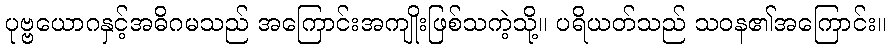
ပုဗ္ဗယောဂနှင့်အဓိဂမသည် အကြောင်းအကျိုးဖြစ်သကဲ့သို့။ ပရိယတ်သည် သဝန၏အကြောင်း။